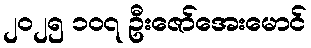
၂၀၂၅ ၁၀၇ ဦးဇော်အေးမောင်